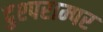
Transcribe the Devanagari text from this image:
दुश्पराम्पर